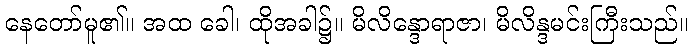
နေတော်မူ၏။ အထ ခေါ၊ ထိုအခါ၌။ မိလိန္ဒောရာဇာ၊ မိလိန္ဒမင်းကြီးသည်။